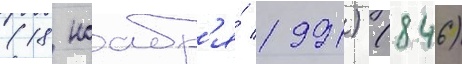
(18 ноабр'я́ 1991) (846)